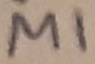
Text: M1